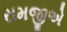
રામજીએ